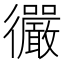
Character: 𫹪